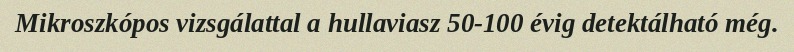
Mikroszkópos vizsgálattal a hullaviasz 50-100 évig detektálható még.